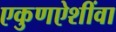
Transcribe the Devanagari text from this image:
एकुणऐशींवा